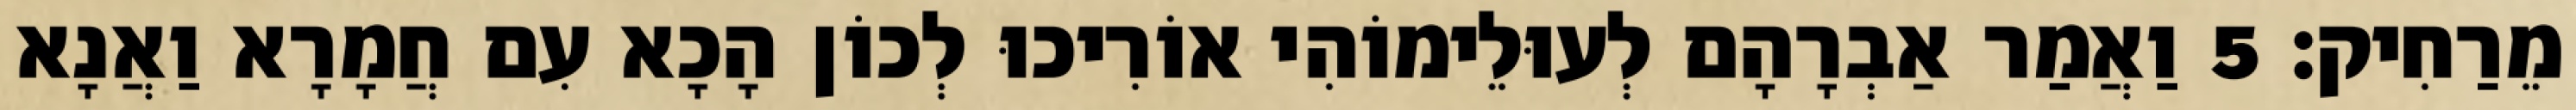
מֵרַחִיק׃ 5 וַאֲמַר אַבְרָהָם לְעוּלֵימוֹהִי אוֹרִיכוּ לְכוֹן הָכָא עִם חֲמָרָא וַאֲנָא